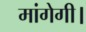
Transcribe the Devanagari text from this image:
मांगेगी।